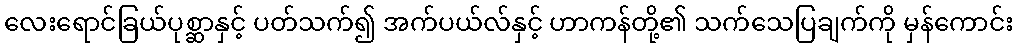
လေးရောင်ခြယ်ပုစ္ဆာနှင့် ပတ်သက်၍ အက်ပယ်လ်နှင့် ဟာကန်တို့၏ သက်သေပြချက်ကို မှန်ကောင်း